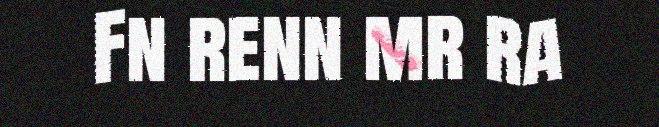
Fn renn mr ra